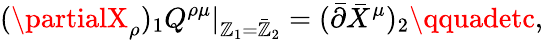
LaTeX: (\partialX_{\rho})_{1}Q^{\rho\mu}|_{\mathbb{Z}_{1}=\bar{{\mathbb{Z}}}_{2}}=(\bar{{\partial}}\bar{{X}}^{\mu})_{2}\qquadetc,